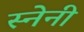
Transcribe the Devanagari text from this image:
स्नेनी